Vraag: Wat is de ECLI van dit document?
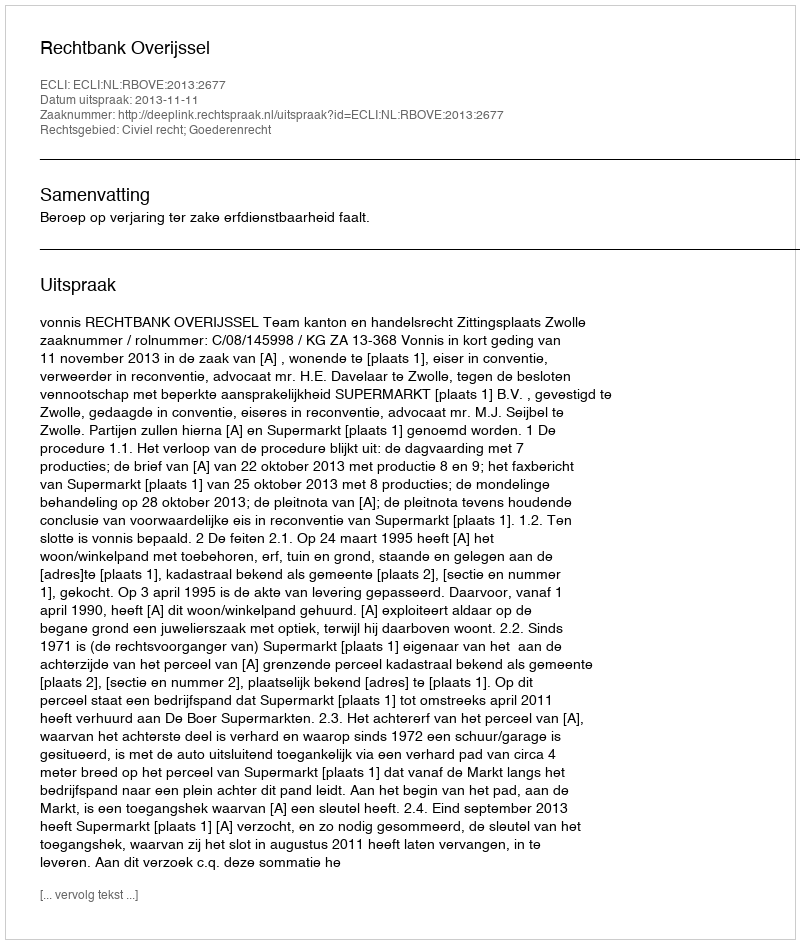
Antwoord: ECLI:NL:RBOVE:2013:2677